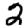
Digit: 2